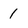
Character: 1